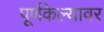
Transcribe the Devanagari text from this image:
पूर्णकेल्यावर